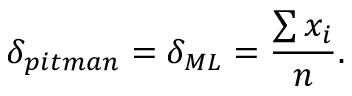
\delta _ { p i t m a n } = \delta _ { M L } = { \frac { \sum { x _ { i } } } { n } } .